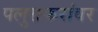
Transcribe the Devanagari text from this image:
पलुसकरांवर